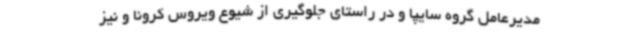
مدیرعامل گروه سایپا و در راستای جلوگیری از شیوع ویروس کرونا و نیز